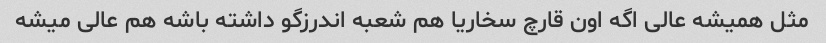
مثل همیشه عالی اگه اون قارچ سخاریا هم شعبه اندرزگو داشته باشه هم عالی میشه